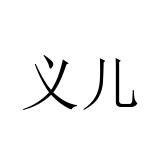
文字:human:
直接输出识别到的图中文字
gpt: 义儿